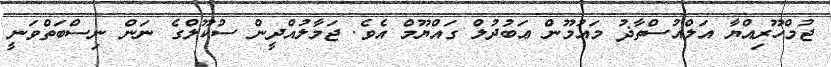
ޖުމްހޫރިއްޔާ އަލްއުސްތާޛު މައުމޫން ޢަބުދުލް ގައްޔޫމް އެވެ. ޖަމާލުއްދީން ސުކޫލްގެ ނަން ނިސްބަތްވަނީ